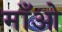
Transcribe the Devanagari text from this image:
माँओ